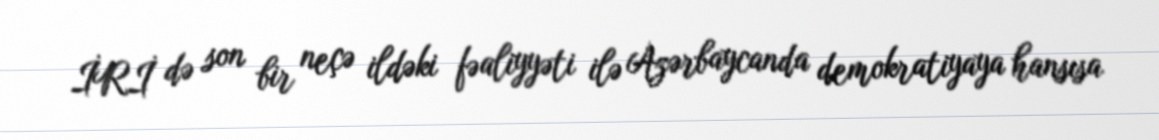
İRİ də son bir neçə ildəki fəaliyyəti ilə Azərbaycanda demokratiyaya hansısa